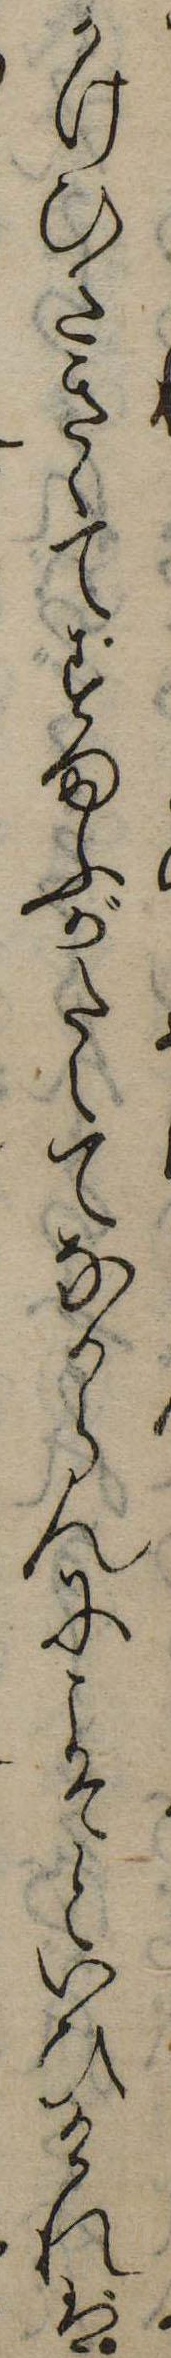
かけひさきゝてすまふがたしてなからんにこそといひければ